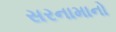
સરનામાનો